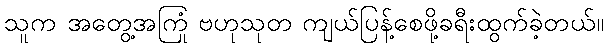
သူက အတွေ့အကြုံ ဗဟုသုတ ကျယ်ပြန့်စေဖို့ခရီးထွက်ခဲ့တယ်။